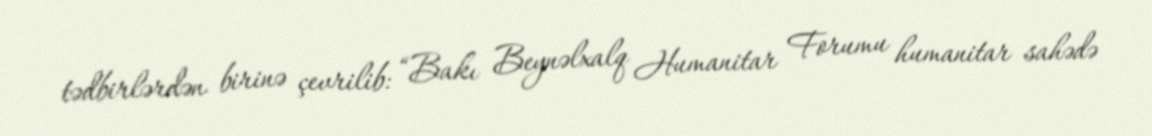
tədbirlərdən birinə çevrilib: “Bakı Beynəlxalq Humanitar Forumu humanitar sahədə